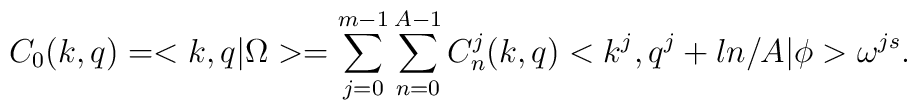
C_0(k,q)=<k,q|\Omega>=\sum_{j=0}^{m-1}\sum_{n=0}^{A-1}C_{n}^{j}(k,q)<k^{j},q^j+ln/A|\phi>\omega^{js}.